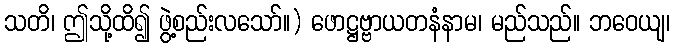
သတိ၊ ဤသို့ထိ၍ ဖွဲ့စည်းလသော်။) ဖောဋ္ဌဗ္ဗာယတနံနာမ၊ မည်သည်။ ဘဝေယျ၊